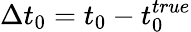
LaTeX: \Delta t_{0}=t_{0}-t_{0}^{true}